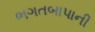
ભગતબાપાની